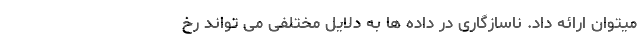
میتوان ارائه داد. ناسازگاری در داده ها به دلایل مختلفی می تواند رخ